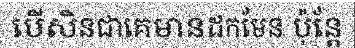
បើសិនជាគេមានដកមែន ប៉ុន្តែ